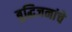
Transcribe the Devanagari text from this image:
बुद्धिजनांचे